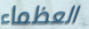
العظماء